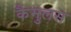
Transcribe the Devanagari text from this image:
कैमुलस